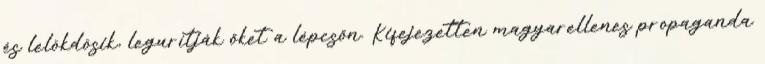
és lelökdösik, legurítják őket a lépcsőn. Kifejezetten magyarellenes propaganda